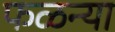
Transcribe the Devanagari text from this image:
फळन्या